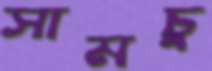
সামচু